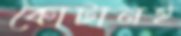
কোটানই